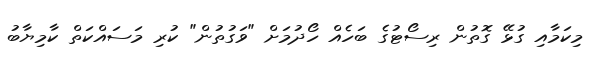
މިކަމާއި ގުޅޭ ގޮތުން ރިސޯޓުގެ ބަހެއް ހޯދުމަށް "ވަގުތުން" ކުރި މަސައްކަތް ކާމިޔާބު